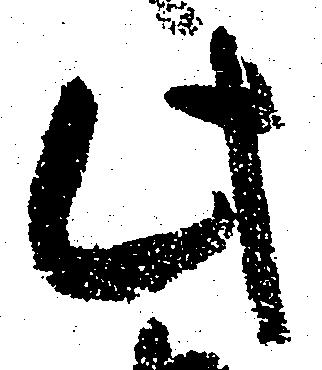
此